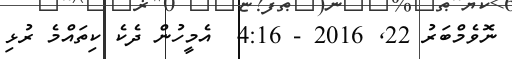
ނޮވެމްބަރު 22